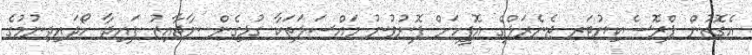
އެގޮތުން ޕްރޮސެކިޔުޓަރ ޖެނެރަލްގެ އޮފީހަށް ފޮނުވުނު މައްސަލަތަކާ ގުޅިގެން ނާޖާއިޒު ފައިދާ ހޯދައިދިނުމުގެ